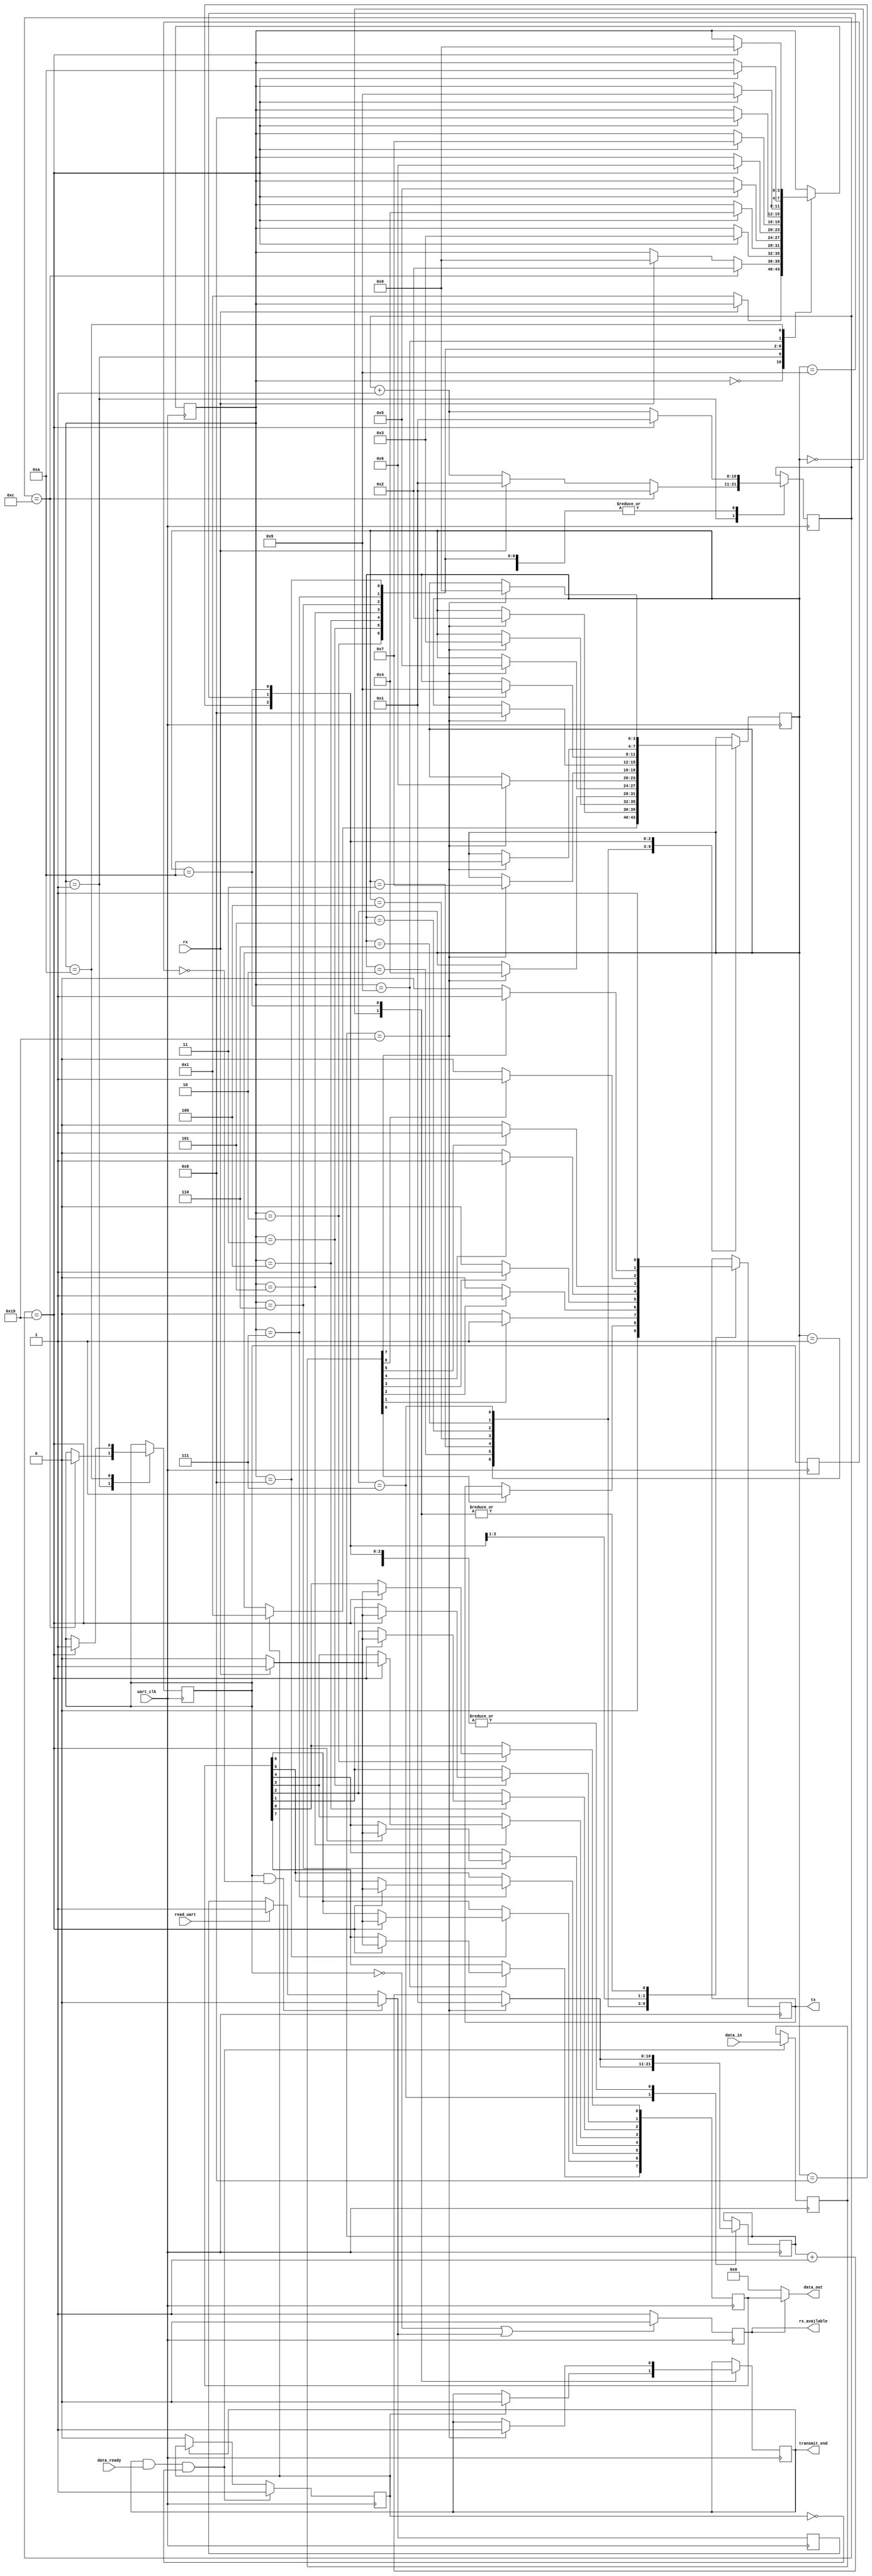
/* Module - UART Module (Tested upto 1M baudrate)
	Note - Non parity Version
	Author - Sandaru Jayawardana
*/
module UART 
	#(parameter clock_divider = 11'd25) // -------->    baud rate = 9600  d1302<- 12.5MHz
	(
	input	data_ready,//inform uart that the sending data is ready and it can read them
	input rx,// rx physical pin
	input uart_clk,// input clock
	input read_uart,// default 25MHz
	input [7:0]data_in,// data bus
	output [7:0]data_out,// data bus
	output reg transmit_end = 1'b1,// high when tx idle
	output reg rx_available,// receive data ready
	output reg tx= 1'b1// tx physical 
	);
	
	// Both Rx and Tx in this module
	
	parameter idle= 4'd0, start= 4'd1, data0= 4'd2, data1= 4'd3, data2= 4'd4, data3= 4'd5, data4= 4'd6, data5= 4'd7, data6= 4'd8, data7= 4'd9, end1= 4'd10;

	reg [10:0]count=11'd1;
	reg tx_ready= 1'b0;
	reg [3:0]tx_state=idle; // 0<- idle, 1<- start, 2<- data0, 3<- data1, 4<- data2, 5<- data3, 6<- data4, 7<- data5, 8<- data6, 9<- data7, 2<- end1, 11<- end2
	reg [7:0] tx_buffer;// tx register
	reg [7:0] rx_buffer;// rx register
	assign data_out=(rx_available==1'b1)? rx_buffer:8'b0;
	
//______________________________________ Tx_________________________________________//	

	always@ (negedge uart_clk)
		begin
			if (transmit_end==1'b1 && data_ready==1'b1 && tx_ready==1'b0)
				begin
					tx_ready<=1'b1;
					tx_buffer<=data_in;
				end
			else
				begin
					if (transmit_end==1'b0)
						begin
							tx_ready<=1'b0;
						end
				end
		end
		
	always@ (posedge uart_clk)
		begin
			case (tx_state)
					idle:
						begin
							tx<=1'b1;
							if (tx_ready ==1'b1)
								begin
									tx_state<= start;
									transmit_end <= 1'b0;
								end
						end
					start:
							begin
								tx<=1'b0;
								//count=count+10'd1;
								if (count==clock_divider)
									begin
										count<=11'd1;
										tx_state<= data0;
									end
								else
									begin
										count<=count+11'd1;
									end
							end
					data0:
							begin
								if (tx_buffer[0] ==1'b1)
									begin
										tx<=1'b1;
									end
								//count=count+10'd1;
								if (count==clock_divider)
									begin
										count<=11'd1;
										tx_state<= data1;
									end
								else
									begin
										count<=count+11'd1;
									end
							end
					data1:
							begin
								if (tx_buffer[1] ==1'b1)
									begin
										tx<=1'b1;
									end
								else
									begin
										tx<=1'b0;
									end
								//count=count+10'd1;
								if (count==clock_divider)
									begin
										count<=11'd1;
										tx_state<= data2;
									end
								else
									begin
										count<=count+11'd1;
									end
							end
					data2:
							begin
								if (tx_buffer[2] ==1'b1)
									begin
										tx<=1'b1;
									end
								else
									begin
										tx<=1'b0;
									end
								//count=count+10'd1;
								if (count==clock_divider)
									begin
										count<=11'd1;
										tx_state<= data3;
									end
								else
									begin
										count<=count+11'd1;
									end
							end
					data3:
							begin
								if (tx_buffer[3] ==1'b1)
									begin
										tx<=1'b1;
									end
								else
									begin
										tx<=1'b0;
									end
								//count=count+10'd1;
								if (count==clock_divider)
									begin
										count<=11'd1;
										tx_state<= data4;
									end
								else
									begin
										count<=count+11'd1;
									end
							end
					data4:
							begin
								if (tx_buffer[4] ==1'b1)
									begin
										tx<=1'b1;
									end
								else
									begin
										tx<=1'b0;
									end
								//count=count+10'd1;
								if (count==clock_divider)
									begin
										count<=11'd1;
										tx_state<= data5;
									end
								else
									begin
										count<=count+11'd1;
									end
							end
					data5:
							begin
								if (tx_buffer[5] ==1'b1)
									begin
										tx<=1'b1;
									end
								else
									begin
										tx<=1'b0;
									end
								//count=count+10'd1;
								if (count==clock_divider)
									begin
										count<=10'd1;
										tx_state<= data6;
									end
								else
									begin
										count<=count+10'd1;
									end
							end
					data6:
							begin
								if (tx_buffer[6] ==1'b1)
									begin
										tx<=1'b1;
									end
								else
									begin
										tx<=1'b0;
									end
								//count=count+10'd1;
								if (count==clock_divider)
									begin
										count<=11'd1;
										tx_state<= data7;
									end
								else
									begin
										count<=count+11'd1;
									end
							end
					data7:
							begin
								if (tx_buffer[7] ==1'b1)
									begin
										tx<=1'b1;
									end
								else
									begin
										tx<=1'b0;
									end
								//count=count+10'd1;
								if (count==clock_divider)
									begin
										count<=11'd1;
										tx_state<= end1;
									end
								else
									begin
										count<=count+11'd1;
									end
							end
					
					end1:
							begin
								tx<=1'b1;
								//count=count+10'd1;
								if (count==clock_divider)
									begin
										count<=11'd1;
										tx_state<= idle;
										transmit_end <= 1'b1;
									end
								else
									begin
										count<=count+11'd1;
									end
							end
				endcase
		end	

//______________________________________ Rx_________________________________________//

	reg [3:0]rx_state = idle; // 0<- idle, 1<- start, 2<- data0, 3<- data1, 4<- data2, 5<- data3, 6<- data4, 7<- data5, 8<- data6, 9<- data7, 2<- end1, 11<- end2
	reg receive_end = 1'b0;
	reg [10:0]count2 = 11'b1;
	parameter clock_divider_half = 11'd12; // baud rate = 9600 d651<-12.5MHz
	
	reg read_data=1'b0;
	reg last_receive_end=1'b0;
	always@ (negedge uart_clk)
		begin
			if (receive_end == 1'b1 && last_receive_end==1'b0)
				begin
					read_data=1'b0;
				end
			else
				begin
					if (read_uart==1'b1)
						begin
							read_data=1'b1;
						end
				end
			if (receive_end == 1'b0 || read_data == 1'b1)
				begin
					rx_available=1'b0;
				end
			else
				begin
					rx_available=1'b1;
				end
			last_receive_end=receive_end;
		end
	

			
	always@ (posedge uart_clk)
		begin
			case (rx_state)
					idle:
							if (rx==1'b0)
								begin
									rx_state<=start;
								end
					start:
							begin
								//count2 = count2+ 11'b1;
								if (count2 ==clock_divider_half)
									begin
										receive_end <= 1'b0;
										rx_state<= data0;
										count2 <= 11'b1;
									end
								else
									begin
										if (rx ==1'b0)
											begin
												count2<=count2+11'd1;
											end
										else
											begin
												rx_state<= idle;
												count2 <= 11'b1;
											end
									end
							end
					data0:
							begin
								//count2 = count2+ 5'b1;
								if (count2 ==clock_divider)
									begin
										if (rx ==1'b1)
											begin
												rx_buffer[0]<=1'b1;
											end
										else
											begin
												rx_buffer[0]<=1'b0;
											end
										
										rx_state<= data1;
										count2 <= 11'b1;
									end
								else
									begin
										count2<=count2+11'd1;
									end
							end
					data1:
							begin
								//count2 = count2+ 5'b1;
								if (count2 ==clock_divider)
									begin
										if (rx ==1'b1)
											begin
												rx_buffer[1]<=1'b1;
											end
										else
											begin
												rx_buffer[1]<=1'b0;
											end
										
										rx_state<= data2;
										count2 <= 11'b1;
									end
								else
									begin
										count2<=count2+11'd1;
									end
							end
					data2:
							begin
								//count2 = count2+ 5'b1;
								if (count2 ==clock_divider)
									begin
										if (rx ==1'b1)
											begin
												rx_buffer[2]<=1'b1;
											end
										else
											begin
												rx_buffer[2]<=1'b0;
											end
										
										rx_state<= data3;
										count2 <= 11'b1;
									end
								else
									begin
										count2<=count2+11'd1;
									end
							end
					data3:
							begin
								//count2 = count2+ 5'b1;
								if (count2 ==clock_divider)
									begin
										if (rx ==1'b1)
											begin
												rx_buffer[3]<=1'b1;
											end
										else
											begin
												rx_buffer[3]<=1'b0;
											end
										
										rx_state<= data4;
										count2 <= 11'b1;
									end
								else
									begin
										count2<=count2+11'd1;
									end
							end
					data4:
							begin
								//count2 = count2+ 5'b1;
								if (count2 ==clock_divider)
									begin
										if (rx ==1'b1)
											begin
												rx_buffer[4]<=1'b1;
											end
										else
											begin
												rx_buffer[4]<=1'b0;
											end
										
										rx_state<= data5;
										count2 <= 11'b1;
									end
								else
									begin
										count2<=count2+11'd1;
									end
							end
					data5:
							begin
								//count2 = count2+ 5'b1;
								if (count2 ==clock_divider)
									begin
										if (rx ==1'b1)
											begin
												rx_buffer[5]<=1'b1;
											end
										else
											begin
												rx_buffer[5]<=1'b0;
											end
										
										rx_state<= data6;
										count2 <= 11'b1;
									end
								else
									begin
										count2<=count2+11'd1;
									end
							end
					data6:
							begin
								//count2 = count2+ 5'b1;
								if (count2 ==clock_divider)
									begin
										if (rx ==1'b1)
											begin
												rx_buffer[6]<=1'b1;
											end
										else
											begin
												rx_buffer[6]<=1'b0;
											end
										
										rx_state<= data7;
										count2 <= 11'b1;
									end
								else
									begin
										count2<=count2+11'd1;
									end
							end
					data7:
							begin
								//count2 = count2+ 5'b1;
								if (count2 ==clock_divider)
									begin
										if (rx ==1'b1)
											begin
												rx_buffer[7]<=1'b1;
											end
										else
											begin
												rx_buffer[7]<=1'b0;
											end
										
										rx_state<= end1;
										count2 <= 1'b1;
									end
								else
									begin
										count2<=count2+11'd1;
									end
							end
					end1:
							begin
								//count2 = count2+ 5'b1;
								if (count2 ==clock_divider)
									begin
										rx_state<= idle;
										count2 <= 11'b1;
										receive_end <= 1'b1;
									end
								else
									begin
										count2<=count2+11'd1;
									end
							end
				endcase
	end
endmodule